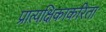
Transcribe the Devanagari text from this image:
प्रात्यक्षिकाकरिता